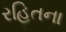
રહિતના